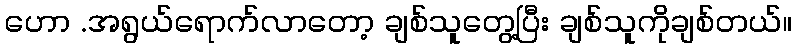
ဟော .အရွယ်ရောက်လာတော့ ချစ်သူတွေ့ပြီး ချစ်သူကိုချစ်တယ်။